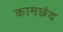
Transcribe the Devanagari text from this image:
कामछंद